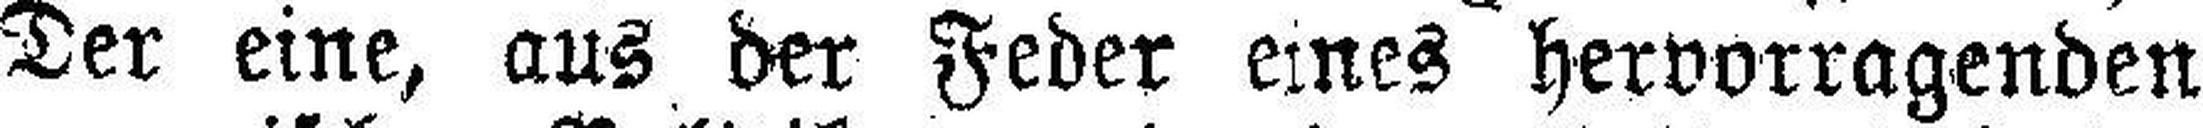
Der eine, aus der Feder eines hervorragenden